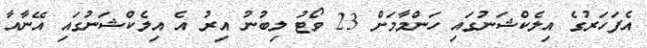
އެފަހަރުގެ އިލެކްޝަނުގައި ހަންމާމަށް 23 ވޯޓު ލިބުނު އިރު އެ އިލެކްޝަނުގައި އޭނާއާ